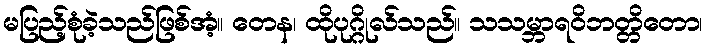
မပြည့်စုံခဲ့သည်ဖြစ်အံ့။ တေန၊ ထိုပုဂ္ဂိုလ်သည်။ သသမ္ဘာရဝိဘတ္တိတော၊